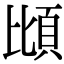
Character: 𫖝